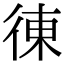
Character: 𢔅